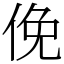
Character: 俛